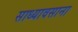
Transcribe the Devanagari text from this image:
साध्यावसाना